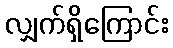
လျှက်ရှိကြောင်း